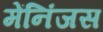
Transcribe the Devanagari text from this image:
मेंनिंजस